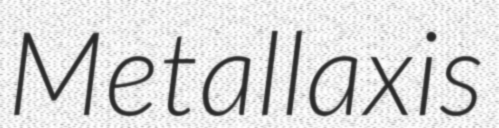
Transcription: Metallaxis